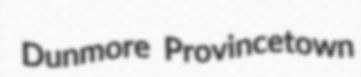
Dunmore Provincetown